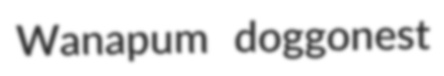
Wanapum doggonest